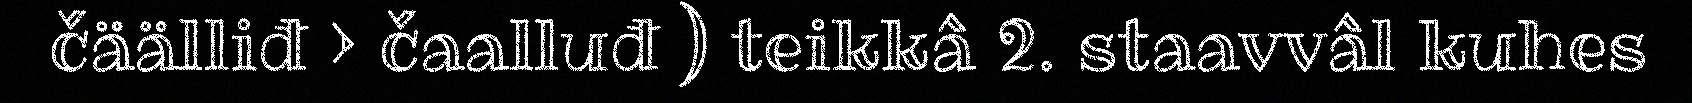
čäälliđ > čaalluđ ) teikkâ 2. staavvâl kuhes